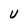
Character: U